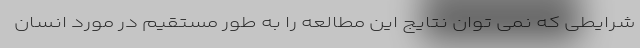
شرایطی که نمی توان نتایج این مطالعه را به طور مستقیم در مورد انسان